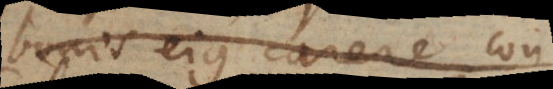
bonis ejus carere con